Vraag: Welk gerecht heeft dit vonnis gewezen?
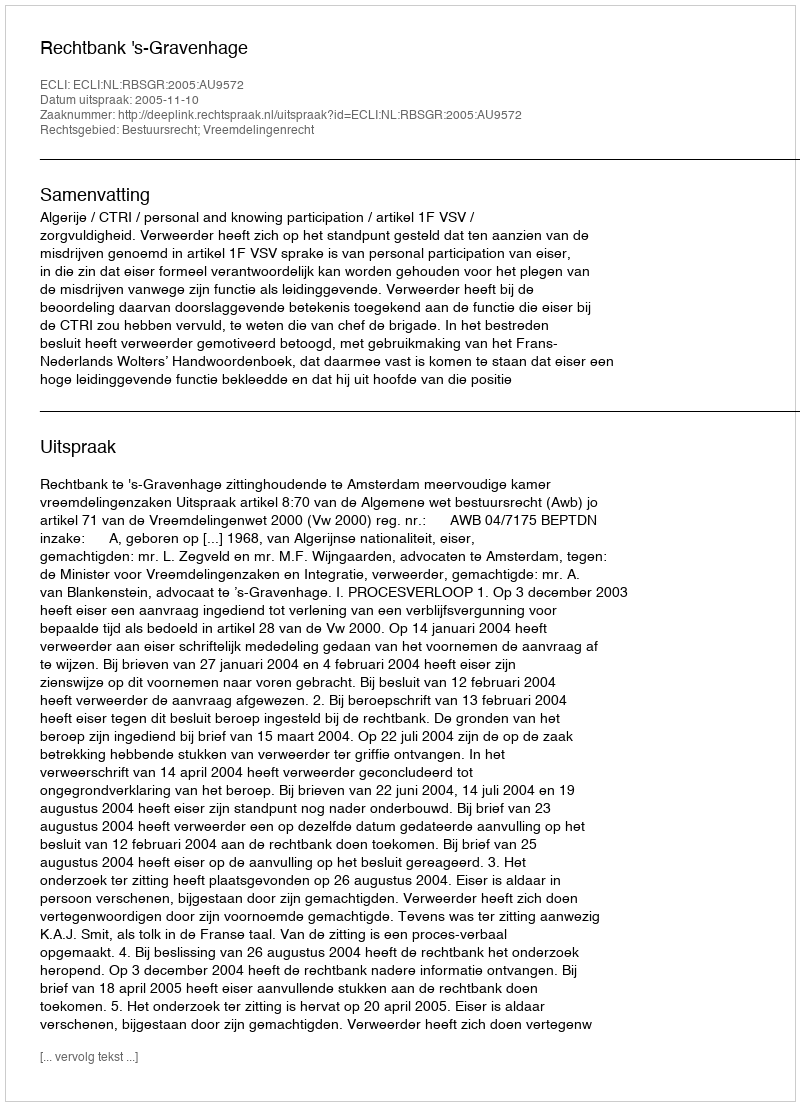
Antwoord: Rechtbank 's-Gravenhage